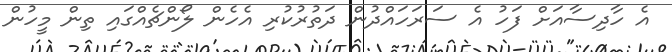
އެ ހާދިސާއަށް ފަހު އެ ސަރަހައްދުން ދަތުރުކުރި އެހެން ލޯންޗެއްގައި ތިން މީހުން